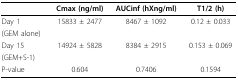
<table><thead><tr><td></td><td><b>Cmax (ng/ml)</b></td><td><b>AUCinf (hXng/ml)</b></td><td><b>T1/2 (h)</b></td></tr></thead><tbody><tr><td>Day 1</td><td>15833 ± 2477</td><td>8467 ± 1092</td><td>0.12 ± 0.033</td></tr><tr><td>(GEM alone)</td><td></td><td></td><td></td></tr><tr><td>Day 15</td><td>14924 ± 5828</td><td>8384 ± 2915</td><td>0.153 ± 0.069</td></tr><tr><td>(GEM+S-1)</td><td></td><td></td><td></td></tr><tr><td>P-value</td><td>0.604</td><td>0.7406</td><td>0.1594</td></tr></tbody></table>